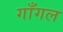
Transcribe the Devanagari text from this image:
गाँगल